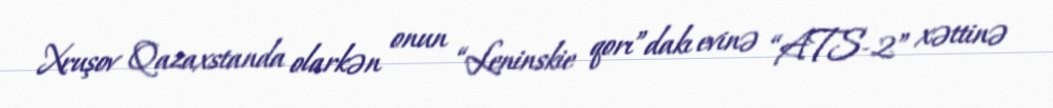
Xruşov Qazaxstanda olarkən onun “Leninskie qorı”dakı evinə “ATS-2” xəttinə